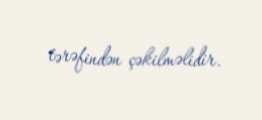
tərəfindən çəkilməlidir.